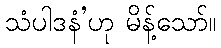
သံပါဒနံ’ဟု မိန့်သော်။